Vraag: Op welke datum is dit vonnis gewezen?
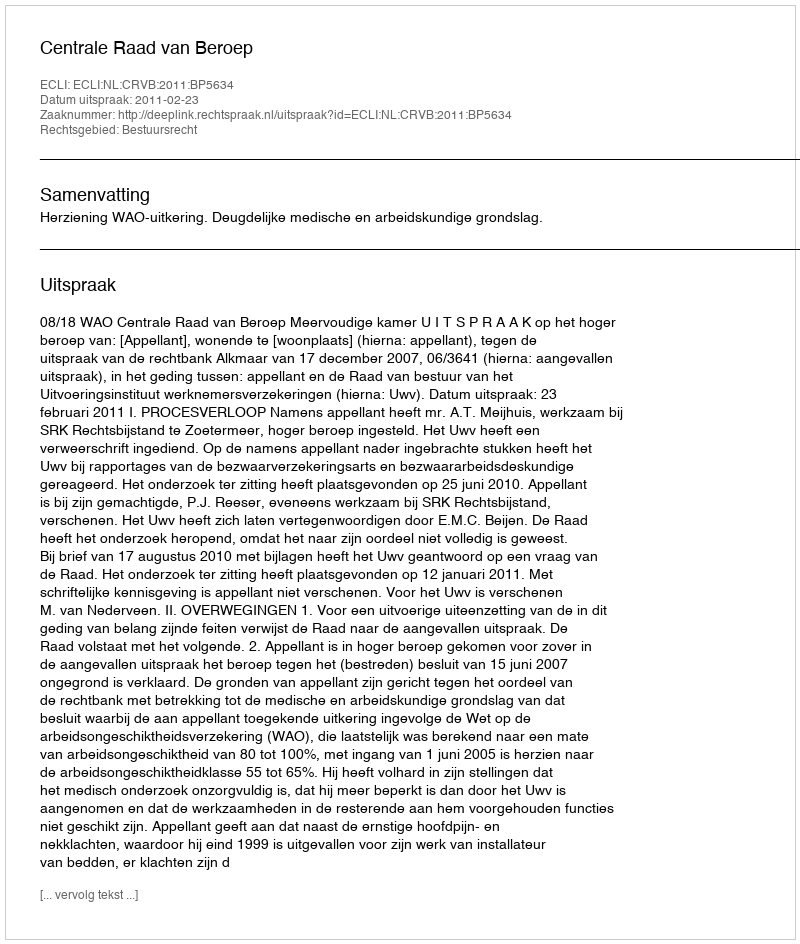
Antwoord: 2011-02-23